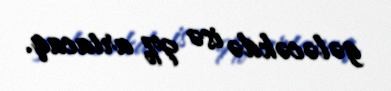
gələcəkdə isə 9% artacaq.